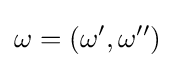
\omega =\left(\omega ^{\prime },\omega ^{\prime \prime }\right)